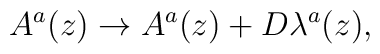
A^a(z) \rightarrow A^a(z) + D\lambda^a(z),